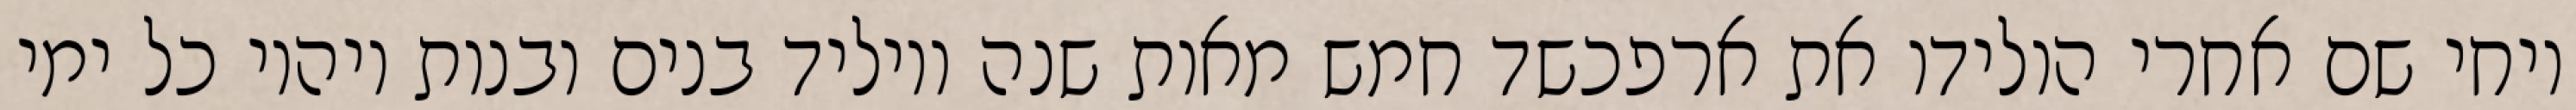
ויחי שם אחרי הולידו את ארפכשד חמש מאות שנה ויוליד בנים ובנות ויהיו כל ימי